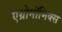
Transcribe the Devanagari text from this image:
एग्रोनॉमिक्स